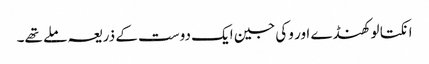
انکتا لوکھنڈے اور وکی جین ایک دوست کے ذریعہ ملے تھے۔